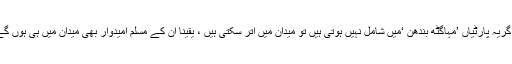
این سی پی، سماج وادی پارٹی، ایم آئی ایم اور دیگر سیکولر پارٹیاں بھی ہیں، اگریہ پارٹیاں ’مہاگٹھ بندھن ‘میں شامل نہیں ہوتی ہیں تو میدان میں اتر سکتی ہیں ، یقینا ًان کے مسلم امیدوار بھی میدان میں ہی ہوں گے، تب کیا ہوگا، کیا تب مسلمانوں کے ووٹ منتشر اور بے اثر نہیں ہوں گے؟